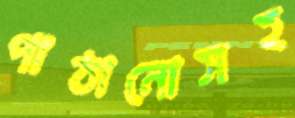
পাঠানোসহ